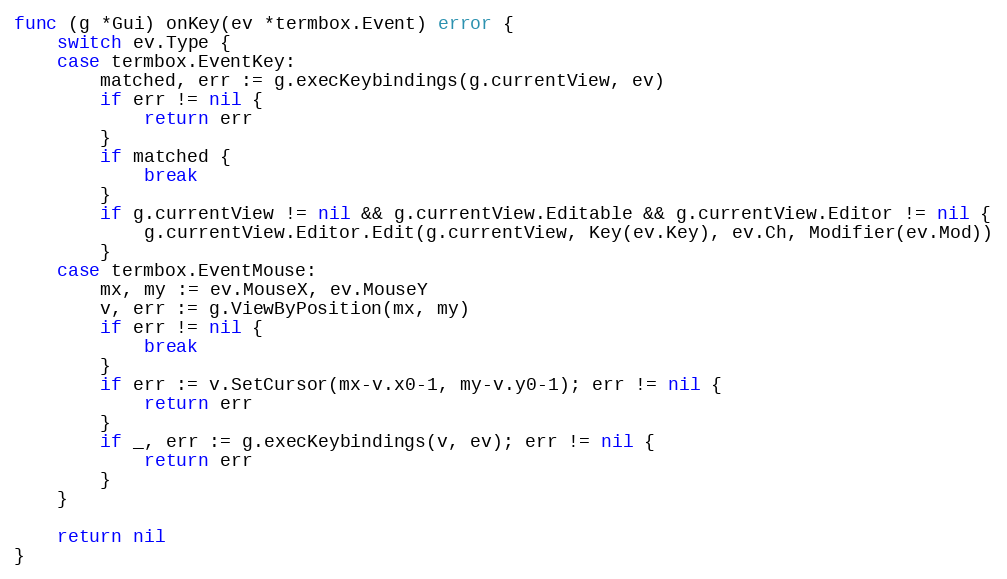
Language: Go
func (g *Gui) onKey(ev *termbox.Event) error {
	switch ev.Type {
	case termbox.EventKey:
		matched, err := g.execKeybindings(g.currentView, ev)
		if err != nil {
			return err
		}
		if matched {
			break
		}
		if g.currentView != nil && g.currentView.Editable && g.currentView.Editor != nil {
			g.currentView.Editor.Edit(g.currentView, Key(ev.Key), ev.Ch, Modifier(ev.Mod))
		}
	case termbox.EventMouse:
		mx, my := ev.MouseX, ev.MouseY
		v, err := g.ViewByPosition(mx, my)
		if err != nil {
			break
		}
		if err := v.SetCursor(mx-v.x0-1, my-v.y0-1); err != nil {
			return err
		}
		if _, err := g.execKeybindings(v, ev); err != nil {
			return err
		}
	}

	return nil
}